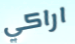
اراكي